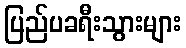
ပြည်ပခရီးသွားများ